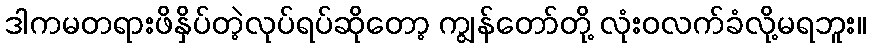
ဒါကမတရားဖိနှိပ်တဲ့လုပ်ရပ်ဆိုတော့ ကျွန်တော်တို့ လုံးဝလက်ခံလို့မရဘူး။